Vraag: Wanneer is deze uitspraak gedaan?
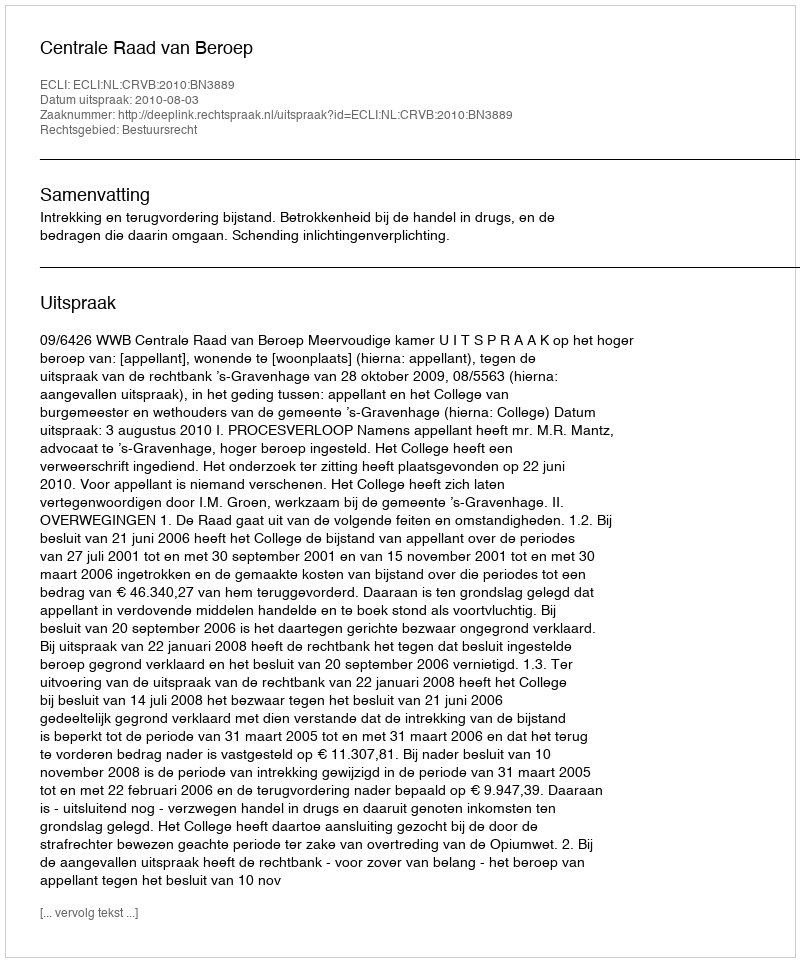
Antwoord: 2010-08-03